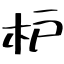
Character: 枦